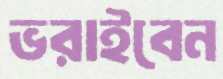
ভরাইবেন